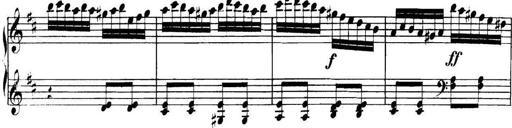
Title: Collected Piano Sonatas
Composer: Muzio Clementi